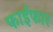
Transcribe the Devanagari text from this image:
फाईफार